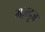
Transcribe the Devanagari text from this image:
मज़दूज